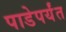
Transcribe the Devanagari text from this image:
पाडेपर्यंत